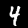
Label: 4